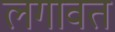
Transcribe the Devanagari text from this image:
लगावत